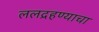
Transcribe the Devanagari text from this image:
ललद्रहण्याचा